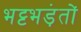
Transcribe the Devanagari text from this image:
भट्टभड़ंतों